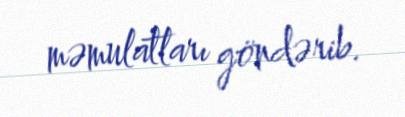
məmulatları göndərib.